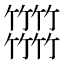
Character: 𥷹